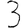
Digit: 3